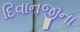
દિવાનજીના